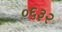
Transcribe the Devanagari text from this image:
०६३२